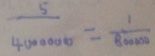
\frac { 5 } { 4 0 0 0 0 0 0 } = \frac { 1 } { 8 0 0 0 0 0 }